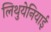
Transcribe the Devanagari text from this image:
लिथुयेनियाई